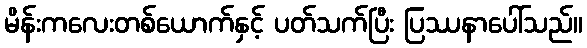
မိန်းကလေးတစ်ယောက်နှင့် ပတ်သက်ပြီး ပြဿနာပေါ်သည်။